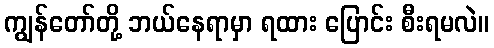
ကျွန်တော်တို့ ဘယ်နေရာမှာ ရထား ပြောင်း စီးရမလဲ။